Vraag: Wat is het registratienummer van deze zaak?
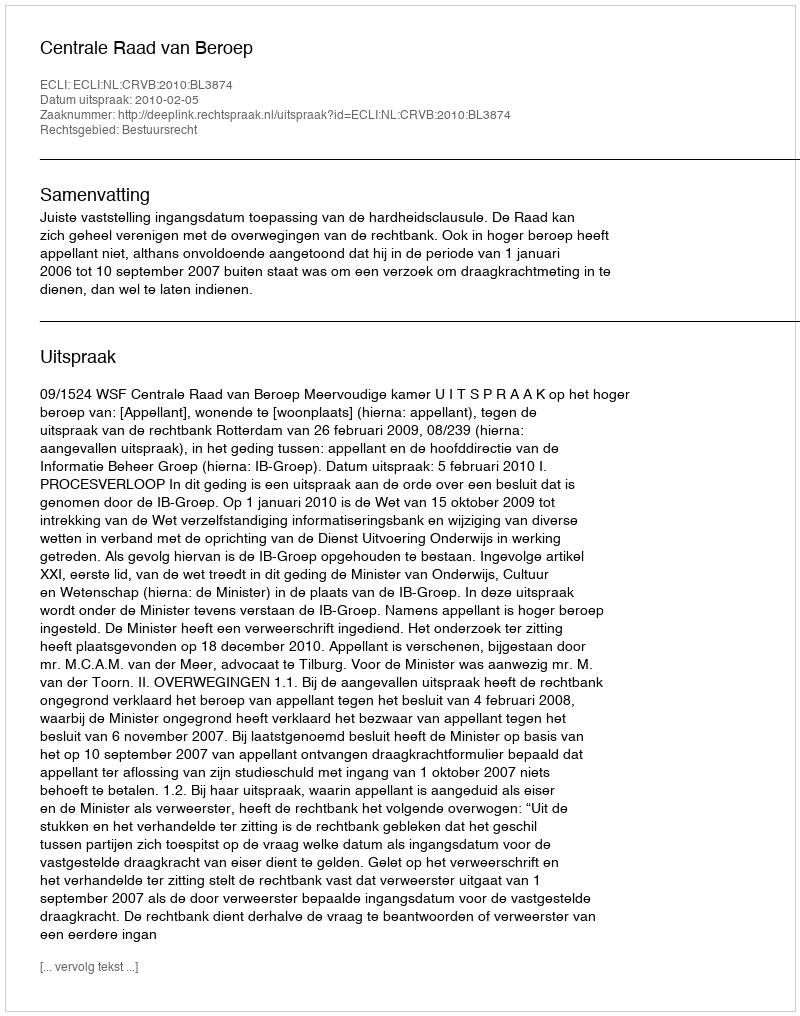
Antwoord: http://deeplink.rechtspraak.nl/uitspraak?id=ECLI:NL:CRVB:2010:BL3874